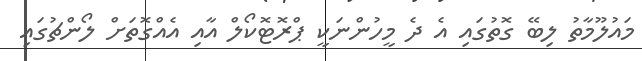
މައުލޫމާތު ލިބޭ ގޮތުގައި އެ ދެ މީހުންނަކީ ޕްރޮޓޮކޯލް އާއި އެއްގޮތަށް ލޯންޗުގައި